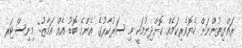
ރައްޔިތުންނަށް ހެޔޮވެރިކަމެއް ކޮށްދިނުމަކީ މި ސަރުކާރުގެ އެންމެ ބޮޑު އެއް އަމާޒު: މިނިސްޓަރ